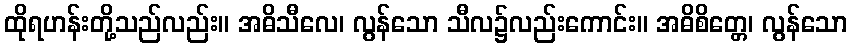
ထိုရဟန်းတို့သည်လည်း။ အဓိသီလေ၊ လွန်သော သီလ၌လည်းကောင်း။ အဓိစိတ္တေ၊ လွန်သော